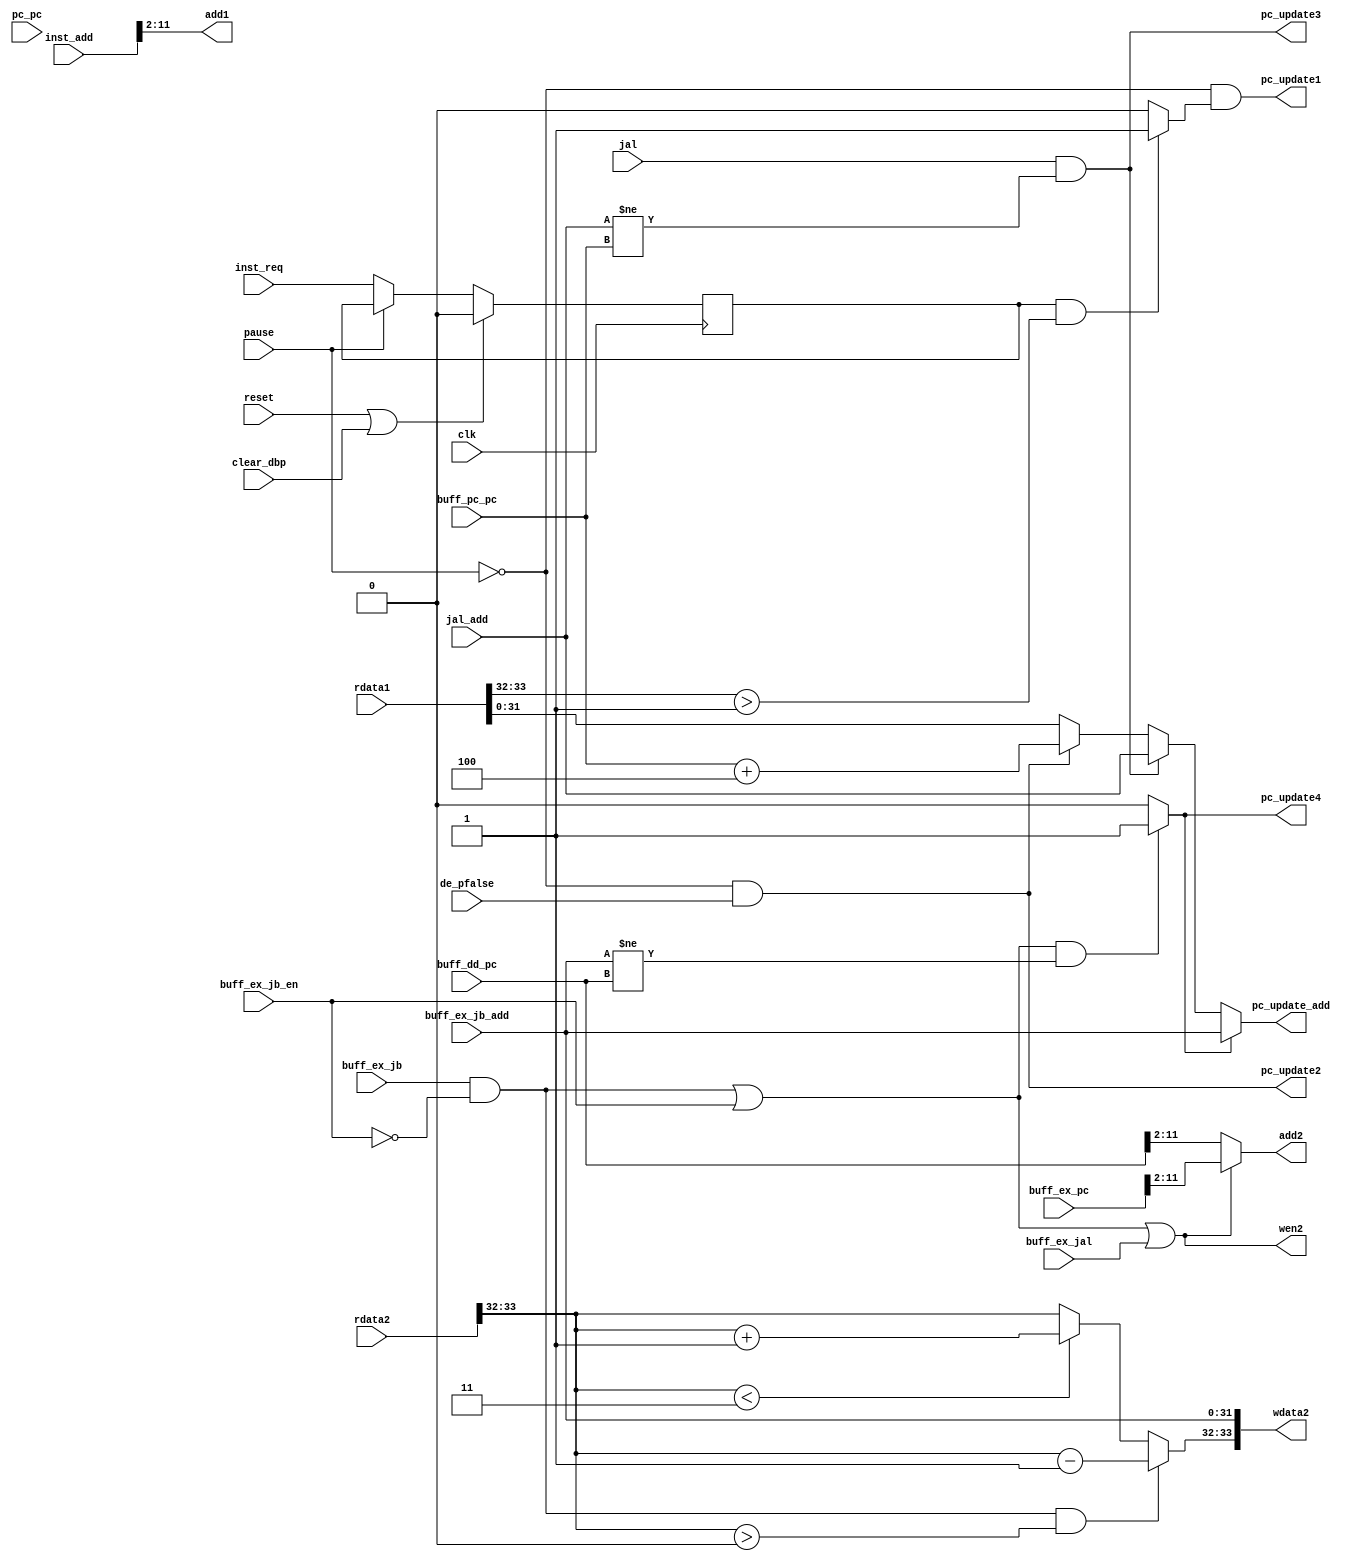
module DBP#(
		parameter AWIDTH=10,
		parameter DWIDTH=34
)(
		input clk,
		input reset,
		input clear_dbp,
		input pause,
		
	//------------------------------------- input
		input        inst_req,
		input [31:0] inst_add,
		
		input        de_pfalse,
		input [31:0] pc_pc,
		input [31:0] buff_pc_pc,
		
		input        jal,
		input [31:0] jal_add,
		
		input [31:0] buff_dd_pc,
		
		input        buff_ex_jal,
		input        buff_ex_jb,
		input        buff_ex_jb_en,
		input [31:0] buff_ex_jb_add,
		input [31:0] buff_ex_pc,
		
	//------------------------------------- output
		output [AWIDTH-1:0] add1,
		input  [DWIDTH-1:0] rdata1,
		output [AWIDTH-1:0] add2,
		input  [DWIDTH-1:0] rdata2,
		output              wen2,
		output [DWIDTH-1:0] wdata2,
		
		output        pc_update1,
		output        pc_update2,
		output        pc_update3,
		output        pc_update4,
		output [31:0] pc_update_add
    );
	
//------------------------------------- Dynamic Branch Table
	
	assign add1 = inst_add[AWIDTH+1:2] ;
	assign add2 = wen2 ? buff_ex_pc[AWIDTH+1:2] : buff_dd_pc[AWIDTH+1:2] ;
	
	wire [31:0] bht_badd1  ; 
	wire [1:0]  bht_count1 ; 
	
	assign {bht_count1, bht_badd1} = rdata1 ;
	
	wire [31:0] bht_badd2  ; 
	wire [1:0]  bht_count2 ; 
	
	assign {bht_count2, bht_badd2} = rdata2 ;
	
//-------------------------------------  Branch Prediction
	
	reg        reg_inst_req; always@(posedge clk) if (reset|clear_dbp) reg_inst_req <= 0; else if (!pause) reg_inst_req <= inst_req ;
	reg [31:0] reg_inst_add; always@(posedge clk) if (reset|clear_dbp) reg_inst_add <= 0; else if (!pause) reg_inst_add <= inst_add ;
	
	wire        predict_en  = ( reg_inst_req & bht_count1>1 ) ? 1'b1 : 1'b0 ;
	wire [31:0] predict_add = bht_badd1 ;
	
//------------------------------------- Branch Table Check
	
	wire branch_take  = buff_ex_jb_en ;
	wire branch_ntake = buff_ex_jb & !buff_ex_jb_en ;
	
	wire wrong_prediction = ( ( branch_ntake | branch_take ) & ( buff_ex_jb_add != buff_dd_pc ) ) ? 1'b1 : 1'b0 ;
	
	wire [31:0] pc_update_add1 = predict_add    ;
	wire [31:0] pc_update_add2 = buff_pc_pc+4   ;
	wire [31:0] pc_update_add3 = jal_add        ;
	wire [31:0] pc_update_add4 = buff_ex_jb_add ;
	
	assign pc_update1 = !pause & predict_en ;
	assign pc_update2 = !pause & de_pfalse ;
	assign pc_update3 = (jal & jal_add!=buff_pc_pc) ;
	assign pc_update4 = wrong_prediction ;
	
	// assign pc_update = pc_update3 ? 1 
	// :                  pause      ? 0 
	// :                  pc_update2 ? 1
	// :                  pc_update1 ? 1 
	// :                               0 ;
	
	assign pc_update_add = pc_update4 ? pc_update_add4
	:                      pc_update3 ? pc_update_add3
	:                      pc_update2 ? pc_update_add2
	:                                   pc_update_add1 ;
	
	//------------------------------------- Branch Table Update
	
	wire [1:0] count = (branch_ntake & bht_count2>0) ? (bht_count2-1)
	:                  (bht_count2<3)                ? (bht_count2+1) 
	:                                                   bht_count2 ;
	
	assign wen2 = branch_ntake | branch_take | buff_ex_jal ;
	
	assign wdata2 = { count, buff_ex_jb_add } ;
	
	// assign pinst = pause ? 0 : pc_update2 ;
	
endmodule